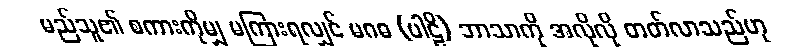
မည်သူ၏ စကားကိုမျှ မကြားရလျှင် မဂဓ (ပါဠိ) ဘာသာကို အလိုလို တတ်လာသည်ဟု